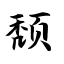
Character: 颓